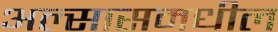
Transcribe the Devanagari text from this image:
अल्सासमधील